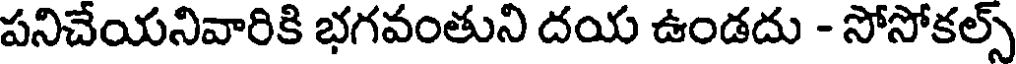
పనిచేయనివారికి భగవంతుని దయ ఉండదు - సోసోకల్స్